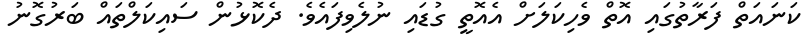
ކަނައަތް ފަރާތުގައި އޮތް ވެހިކަލަށް އެއޮތީ ގުޑައި ނުލެވިފައެވެ. ދެކޮޅުން ސައިކަލްތައް ބަރުގޮނު